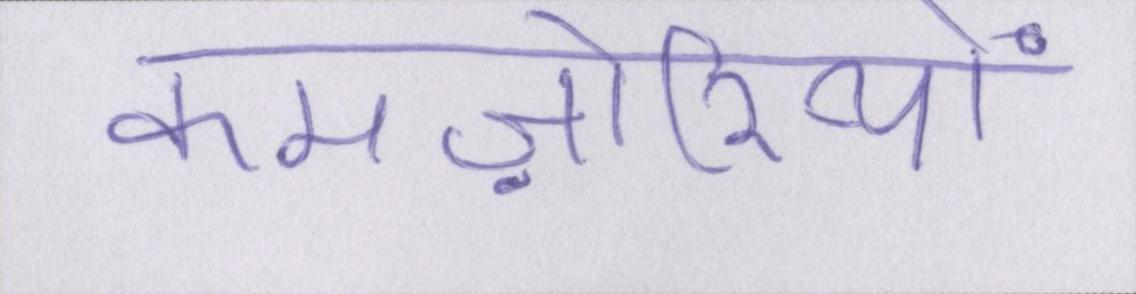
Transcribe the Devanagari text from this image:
कमज़ोरियों